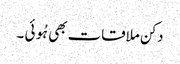
دکن ملاقات بھی ہُوئی ۔